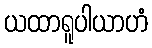
ယထာရူပါယာဟံ